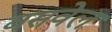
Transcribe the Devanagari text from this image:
बसवेल